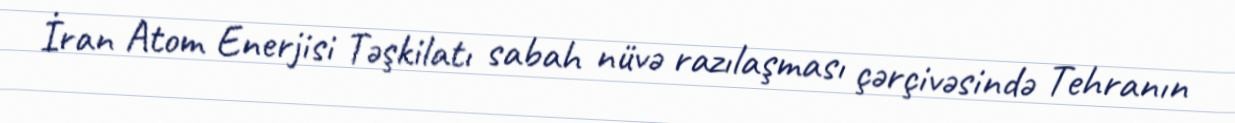
İran Atom Enerjisi Təşkilatı sabah nüvə razılaşması çərçivəsində Tehranın